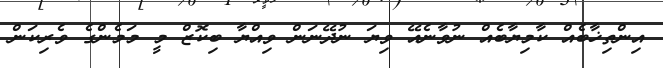
އިންތިޚާބެއް ކާމިޔާބެއް ނުވާނެއޭ ވިޔަ ނުދޭނަން ވިއްޔާ ބިކޮޒް މީ މަމެންގެ ވެރިކަން